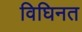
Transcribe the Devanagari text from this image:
विघिनत